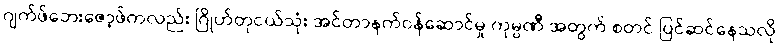
ဂျက်ဖ်ဘေးဇော့ဖ်ကလည်း ဂြိုဟ်တုငယ်သုံး အင်တာနက်ဝန်ဆောင်မှု ကုမ္ပဏီ အတွက် စတင် ပြင်ဆင်နေသလို